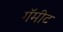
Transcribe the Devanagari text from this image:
गॅमीट